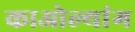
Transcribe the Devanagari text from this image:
काओल्यांग